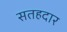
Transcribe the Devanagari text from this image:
सतहदार